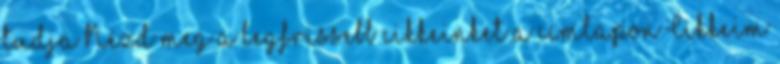
tudja Nézd meg a legfrissebb cikkeinket a címlapon Cikkeim